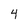
Character: 4